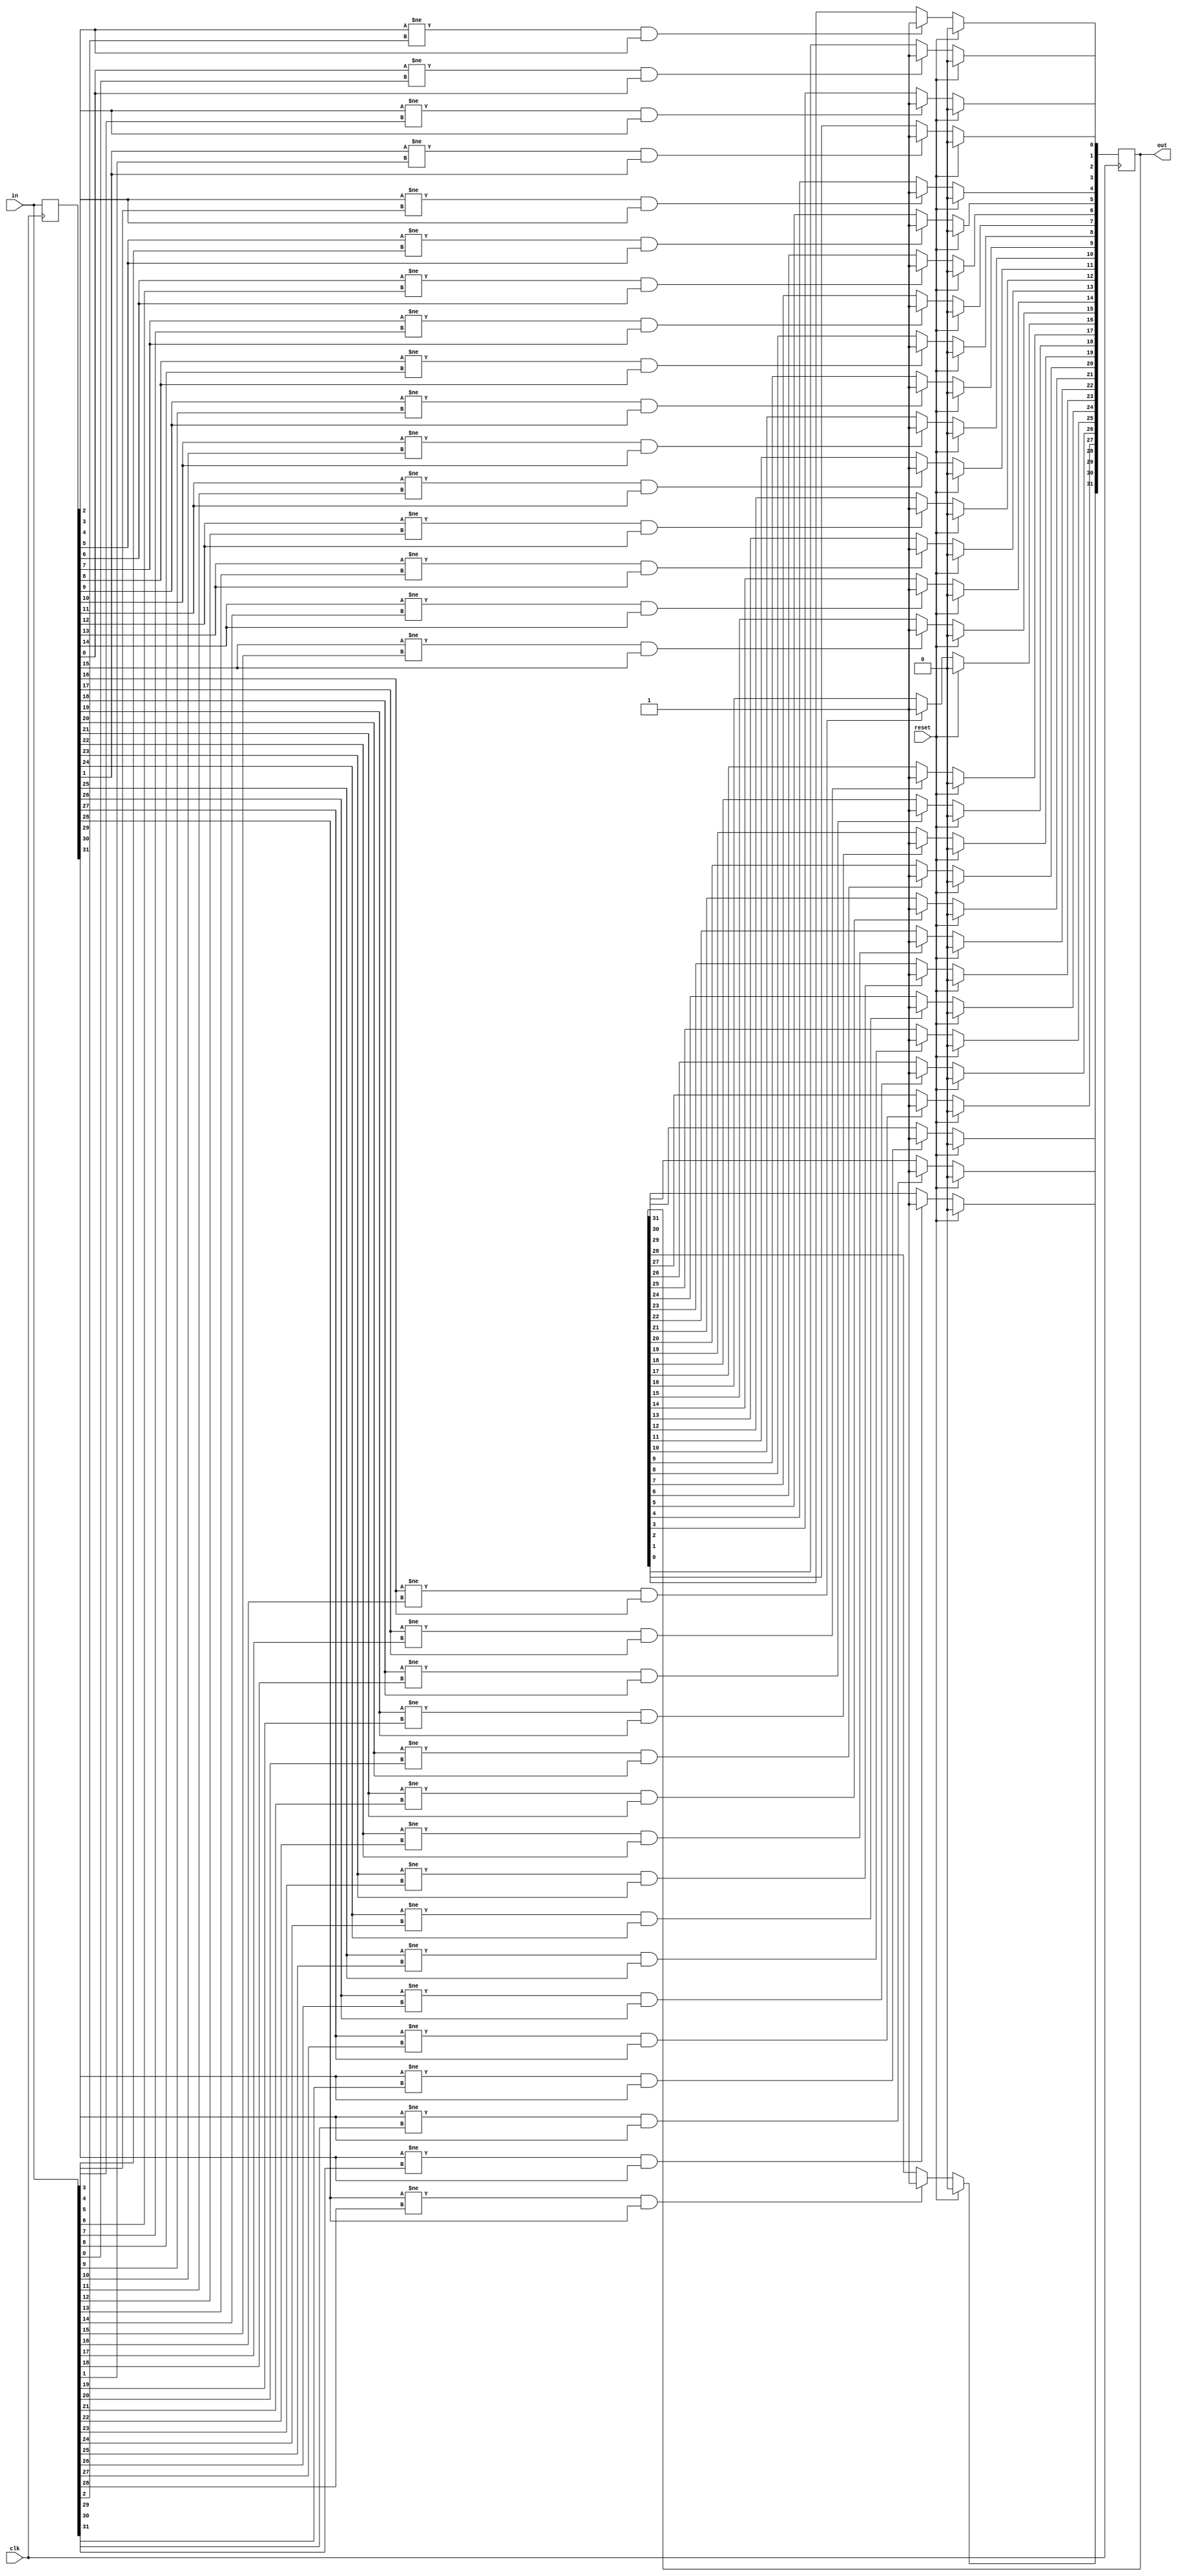
module top_module (
    input clk,
    input reset,
    input [31:0] in,
    output reg[31:0] out
);
    integer i;
    reg[31:0] q;
    always@(posedge clk)begin
        for(i = 0; i < 32; i++)begin
            q[i] <= in[i];
            if(reset)
                out[i] <= 0;
            else if((q[i]!=in[i]) && (q[i]==1))
                out[i] <= 1;
            else
                out[i] <= out[i];
        end
    end
endmodule